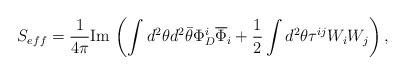
\begin{align*}S_{eff}={1\over 4\pi}{\rm Im}\,\left(\int d^2\theta d^2\bar\theta\Phi^i_D\overline \Phi_i+{1\over 2}\int d^2\theta\tau^{ij}W_iW_j\right),\end{align*}